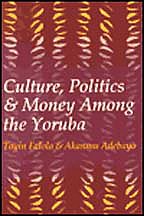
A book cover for Culture, Politics, and Money among the Yoruba; Toyin Falola; History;